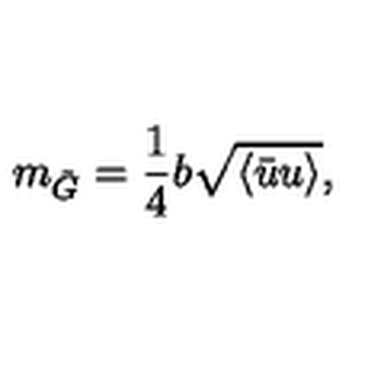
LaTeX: m _ { \tilde { G } } = \frac { 1 } { 4 } b \sqrt { \langle \bar { u } u \rangle } ,